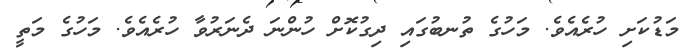
މަޑުކަށި ހުރެއެވެ. މަހުގެ ތުނބުގައި ދިގުކޮށް ހުންނަ ދެނަރުވާ ހުރެއެވެ. މަހުގެ މަތީ